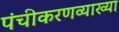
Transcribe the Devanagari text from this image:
पंचीकरणव्याख्या